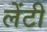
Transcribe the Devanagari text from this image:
लेंटी